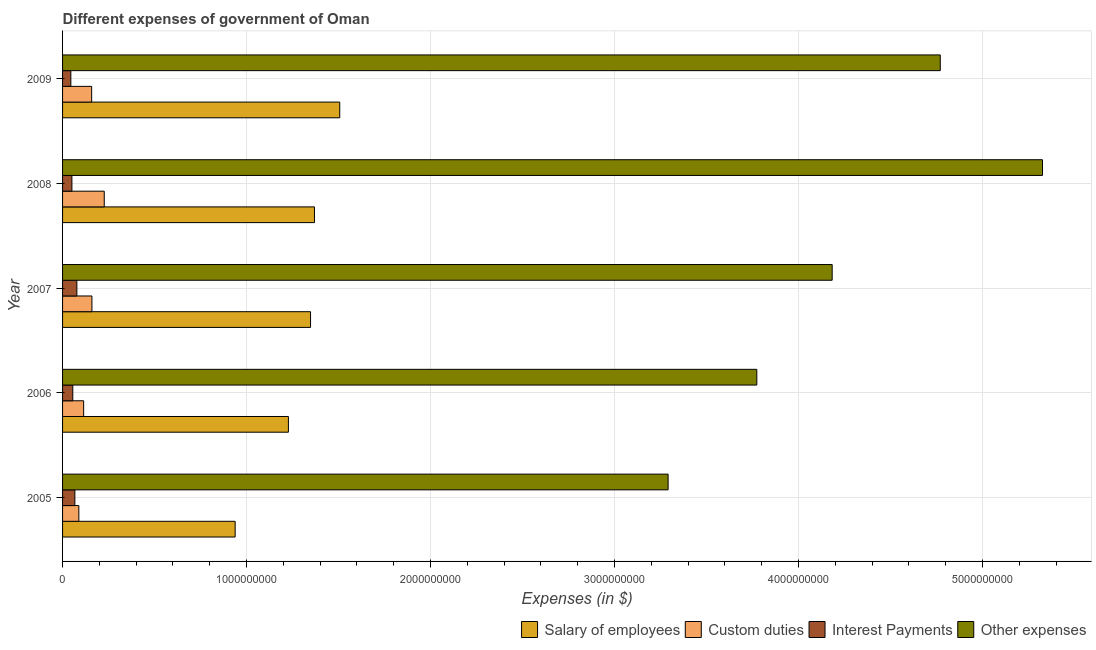
| Year | Salary of employees | Custom duties | Interest Payments | Other expenses |
 | --- | --- | --- | --- | --- |
 | 2005 | 9.38e+08 | 8.85e+07 | 6.68e+07 | 3.29e+09 |
 | 2006 | 1.23e+09 | 1.15e+08 | 5.56e+07 | 3.77e+09 |
 | 2007 | 1.35e+09 | 1.6e+08 | 7.77e+07 | 4.18e+09 |
 | 2008 | 1.37e+09 | 2.27e+08 | 5.08e+07 | 5.33e+09 |
 | 2009 | 1.51e+09 | 1.58e+08 | 4.5e+07 | 4.77e+09 |